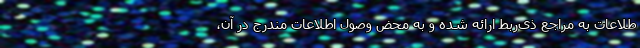
طلاعات به مراجع ذی‌ربط ارائه شده و به محض وصول اطلاعات مندرج در آن،